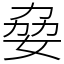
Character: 姭